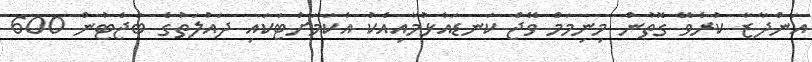
އަންދާޒާ ކުރެވޭ ގޮތުން މިނިމަމް ވޭޖް ކަނޑައެޅުމާއިއެކު އެކަމަށްޓަކައި ދައުލަތުގެ ބަޖެޓުން 600